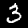
Label: 3